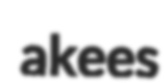
akees